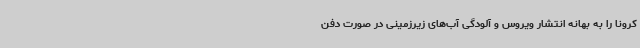
کرونا را به بهانه انتشار ویروس و آلودگی آب‌های زیرزمینی در صورت دفن